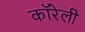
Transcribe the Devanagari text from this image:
कॉरेली